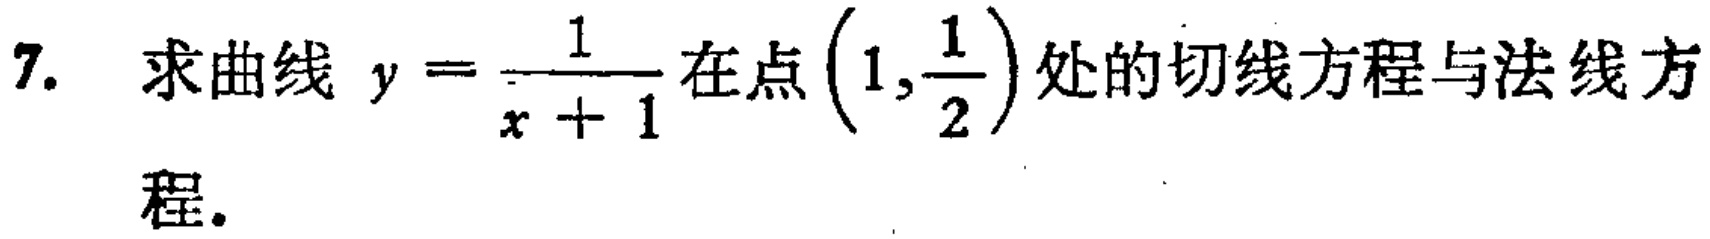
7. 求曲线 \(y = \frac{1}{x + 1}\) 在点 \((1,\frac{1}{2})\) 处的切线方程与法线方程.